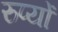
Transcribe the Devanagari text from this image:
रुप्यों